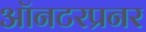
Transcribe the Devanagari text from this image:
ऑनटरप्रनर